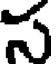
స